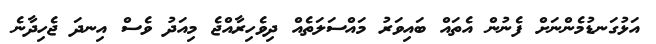
އަޅުގަނޑުމެންނަށް ފެނުން އެތައް ބައިވަރު މައްސަލަތެއް ދިވެހިރާއްޖެ މިއަދު ވެސް އިނދަ ޖެހިދާނެ